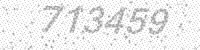
Solution: 713459